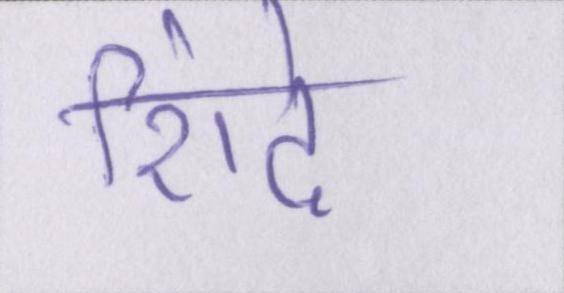
शिंदे